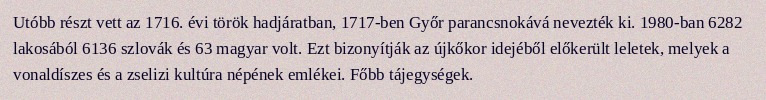
Utóbb részt vett az 1716. évi török hadjáratban, 1717-ben Győr parancsnokává nevezték ki. 1980-ban 6282 lakosából 6136 szlovák és 63 magyar volt. Ezt bizonyítják az újkőkor idejéből előkerült leletek, melyek a vonaldíszes és a zselizi kultúra népének emlékei. Főbb tájegységek.